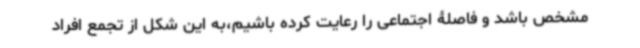
مشخص باشد و فاصلۀ اجتماعی را رعایت کرده باشیم،به این شکل از تجمع افراد